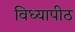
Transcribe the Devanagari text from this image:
विध्यापीठ